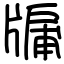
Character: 牖